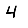
Digit: 4